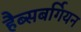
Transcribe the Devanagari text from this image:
हैब्सबर्गियन